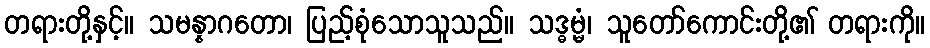
တရားတို့နှင့်။ သမန္နာဂတော၊ ပြည့်စုံသောသူသည်။ သဒ္ဓမ္မံ၊ သူတော်ကောင်းတို့၏ တရားကို။